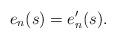
LaTeX: \begin{align*} e_n(s)=e'_n(s) .\end{align*}